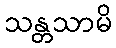
သန္တသာမိ